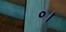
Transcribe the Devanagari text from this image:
०।